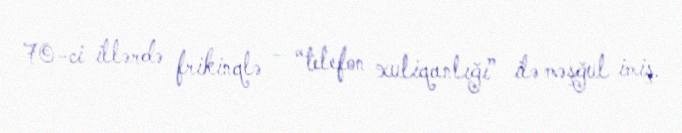
70-ci illərdə frikinqlə - “telefon xuliqanlığı” ilə məşğul imiş.